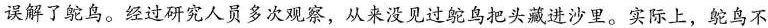
误解了鸵鸟。经过研究人员多次观察，从来没见过鸵鸟把头藏进沙里。实际上，鸵鸟不